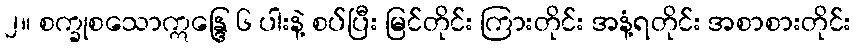
၂။ စက္ခုစသောဣန္ဒြေ ၆ ပါးနဲ့ စပ်ပြီး မြင်တိုင်း ကြားတိုင်း အနံ့ရတိုင်း အစာစားတိုင်း